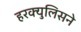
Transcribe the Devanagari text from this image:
हरक्युलिसने